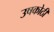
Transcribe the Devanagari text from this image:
उषकोठी